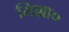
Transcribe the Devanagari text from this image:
मिग्रा०